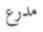
مدرع